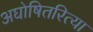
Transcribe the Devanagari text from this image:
अघोषितरित्या